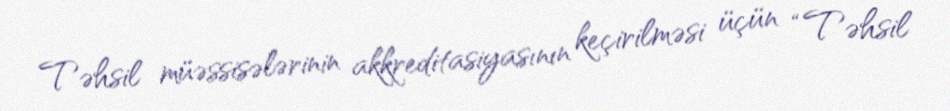
Təhsil müəssisələrinin akkreditasiyasının keçirilməsi üçün “Təhsil